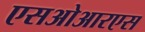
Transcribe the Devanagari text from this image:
एसओआरएस